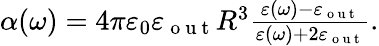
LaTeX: \begin{array}{r}{\alpha(\omega)=4\pi\varepsilon_{0}\varepsilon_{\mathrm{~o~u~t~}}R^{3}\frac{\varepsilon(\omega)-\varepsilon_{\mathrm{~o~u~t~}}}{\varepsilon(\omega)+2\varepsilon_{\mathrm{~o~u~t~}}}.}\end{array}